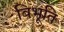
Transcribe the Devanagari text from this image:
बिभूति